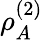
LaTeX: \rho_{A}^{(2)}